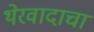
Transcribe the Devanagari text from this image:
थेरवादाचा